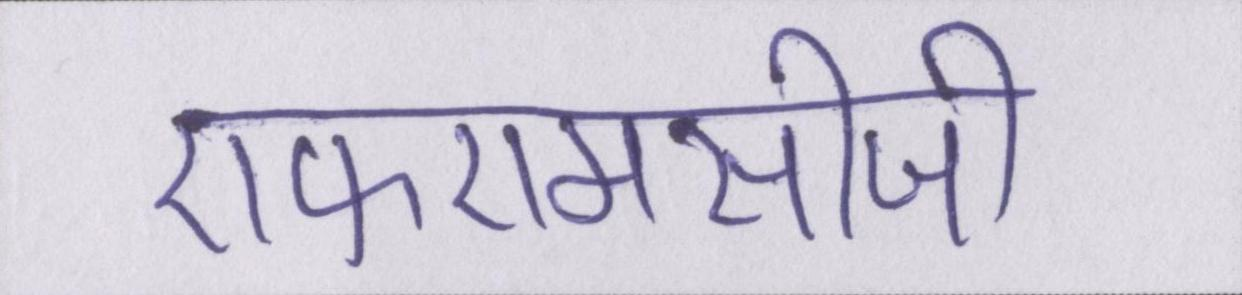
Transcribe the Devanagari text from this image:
एफएमसीजी